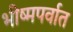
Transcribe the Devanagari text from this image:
भीष्मपर्वात